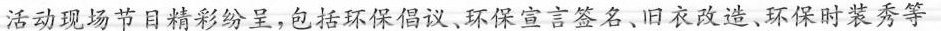
活动现场节日精彩纷呈，包括环保偶议。环保宣言签名、旧衣改造。环保时装秀等